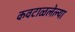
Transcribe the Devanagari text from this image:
कवटाळलेल्या